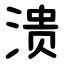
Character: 溃